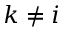
k \ne i